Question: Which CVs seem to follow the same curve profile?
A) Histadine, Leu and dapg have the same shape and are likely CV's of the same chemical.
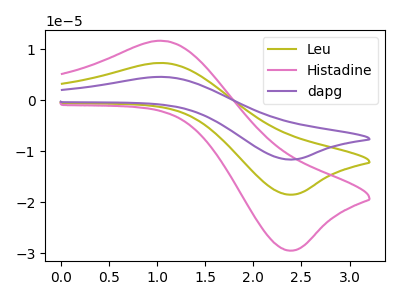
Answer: <think>The olive curve "Leu" has an anodic peak at (1.10V, 7.30uA) and a cathodic peak at (2.35V, -18.50uA). The pink curve "Histadine" has an anodic peak at (1.10V, 11.65uA) and a cathodic peak at (2.35V, -29.50uA). The purple curve "dapg" has an anodic peak at (1.10V, 14.65uA) and a cathodic peak at (2.35V, -37.05uA).
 All the peaks in "Leu" have a peak in "Histadine" at the same potential. Every peak in "Leu" is lower than every peak in "Histadine". All the peaks in "Leu" have a peak in "dapg" at the same potential. Every peak in "Leu" is lower than every peak in "dapg". All the peaks in "Histadine" have a peak in "dapg" at the same potential. Every peak in "Histadine" is lower than every peak in "dapg".</think>
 <answer>A) "Histadine", "Leu" and "dapg" have the same shape and are likely CV's of the same chemical.</answer>
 <eval>A</eval>